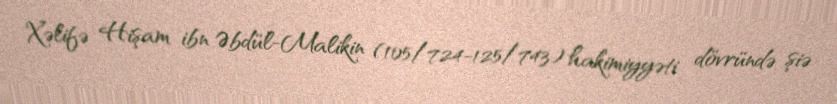
Xəlifə Hişam ibn Əbdül-Malikin (105/724-125/743) hakimiyyəti dövründə şiə